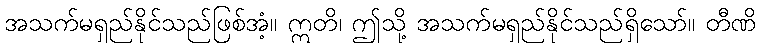
အသက်မရှည်နိုင်သည်ဖြစ်အံ့။ ဣတိ၊ ဤသို့ အသက်မရှည်နိုင်သည်ရှိသော်။ တီဏိ